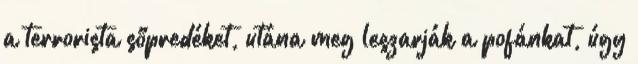
a terrorista sőpredéket, utána meg leszarják a pofánkat, úgy